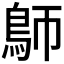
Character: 𩿐